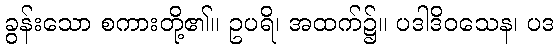
ခွန်းသော စကားတို့၏။ ဥပရိ၊ အထက်၌။ ပဒါဒိဝသေန၊ ပဒ